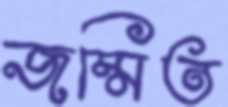
জম্মিত